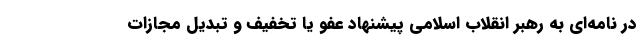
در نامه‌ای به رهبر انقلاب اسلامی پیشنهاد عفو یا تخفیف و تبدیل مجازات